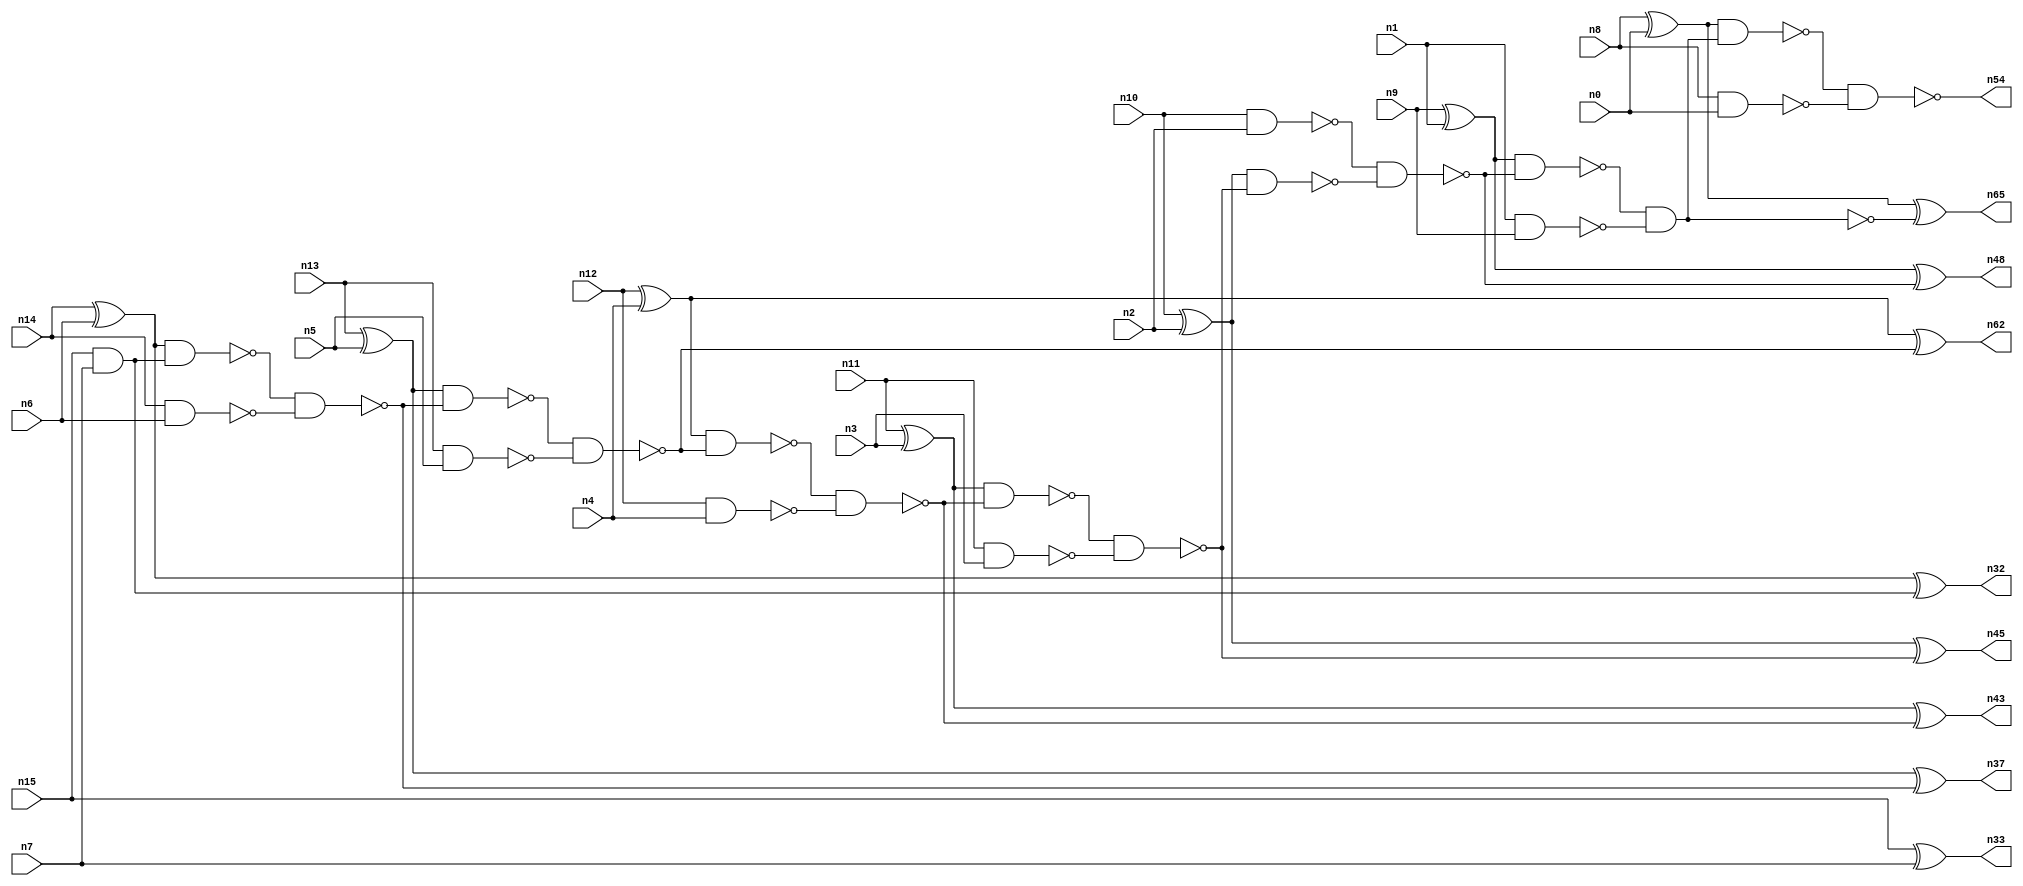
// This file contains a pareto-optimal circuit with respect to power and the fault-resilince parameter p_fault which is defined as:
// "For all input vectors, the ratio of the no. of faults observable at the POs to the no. of total possible faults in the circuit".
// This code is part of the ReCkt library (https://github.com/umar-afzaal/ReCkt) distributed under The MIT License.
// When used, please cite the following article(s):
// U. Afzaal, A.S. Hassan, M. Usman and J.A. Lee, "On the Evolutionary Synthesis of Increased Fault-resilience Arithmetic Circuits".

// p_fault = 95.9 %    (Lower is better)
// gates = 41.0
// levels = 16
// area = 56.98    (For MCNC library relative to nand2)
// power = 227.0 uW    (Berkely-SIS for MCNC library @ Vdd=5V and 20 MHz clock)
// delay = 19.6 ns    (Berkely-ABC for MCNC library)
// PDP = 4.4492e-12 J

// Pin mapping:
// {n0, n1, n2, n3, n4, n5, n6, n7} = A[7:0]
// {n8, n9, n10, n11, n12, n13, n14, n15} = B[7:0]
// {n54, n65, n48, n45, n43, n62, n37, n32, n33} = O[8:0]

module addr8s_power_1 (
n0, n1, n2, n3, n4, n5, n6, n7, n8, n9, n10, n11, n12, n13, n14, n15, 
n54, n65, n48, n45, n43, n62, n37, n32, n33
);

input n0, n1, n2, n3, n4, n5, n6, n7, n8, n9, n10, n11, n12, n13, n14, n15;
output n54, n65, n48, n45, n43, n62, n37, n32, n33;
wire n22, n42, n28, n21, n49, n30, n16, n27, n52, n24, n20, n53, n18, n51, n31, n39, n25, n41, n26, n35, 
n29, n17, n38, n19, n34, n50, n46, n47, n23, n40, n36, n44;

nand (n16, n12, n4);
xor (n17, n8, n0);
nand (n18, n13, n5);
nand (n19, n10, n2);
xor (n20, n13, n5);
nand (n21, n11, n3);
xnor (n22, n15, n7);
xor (n23, n12, n4);
xor (n24, n9, n1);
nand (n25, n1, n9);
nand (n26, n8, n0);
xor (n27, n11, n3);
xor (n28, n14, n6);
nand (n29, n14, n6);
and (n30, n15, n7);
xor (n31, n10, n2);
xor (n32, n28, n30);
nand (n33, n22, n22);
nand (n34, n28, n30);
nand (n35, n34, n29);
nand (n36, n20, n35);
xor (n37, n20, n35);
nand (n38, n36, n18);
nand (n39, n23, n38);
xor (n40, n23, n38);
nand (n41, n39, n16);
nand (n42, n27, n41);
xor (n43, n27, n41);
nand (n44, n42, n21);
xor (n45, n31, n44);
nand (n46, n31, n44);
nand (n47, n19, n46);
xor (n48, n24, n47);
nand (n49, n24, n47);
and (n50, n49, n25);
nand (n51, n50, n50);
nand (n52, n17, n50);
xor (n53, n17, n51);
nand (n54, n52, n26);
and (n62, n40, n40);
and (n65, n53, n53);

endmodule